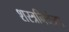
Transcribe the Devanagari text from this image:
शस्त्रनियंत्रण